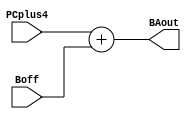
module branch_add (
input[31:0] PCplus4, Boff,
output[31:0] BAout);
assign BAout = PCplus4 + Boff;
endmodule